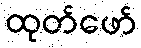
ထုတ်ဖော်